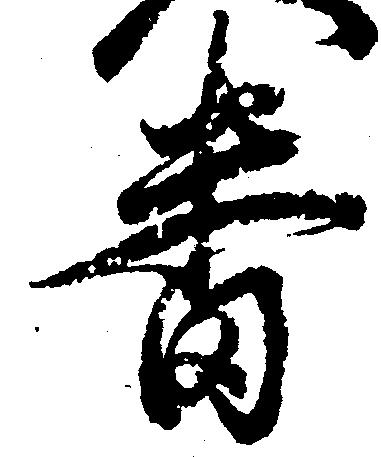
番